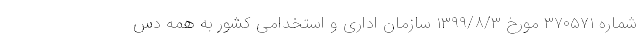
شماره ۳۷۰۵۷۱ مورخ ۱۳۹۹/۸/۳ سازمان اداری و استخدامی کشور به همه دس